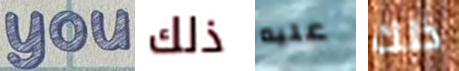
you ذلك عليه ذلك